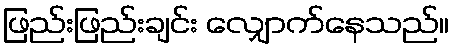
ဖြည်းဖြည်းချင်း လျှောက်နေသည်။